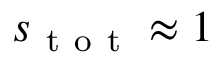
s _ { \mathrm { ~ t ~ o ~ t ~ } } \approx 1